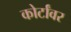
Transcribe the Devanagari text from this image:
कोर्टांवर